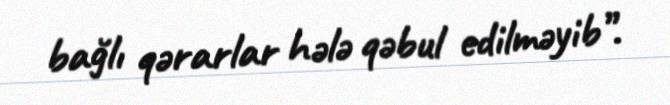
bağlı qərarlar hələ qəbul edilməyib”.